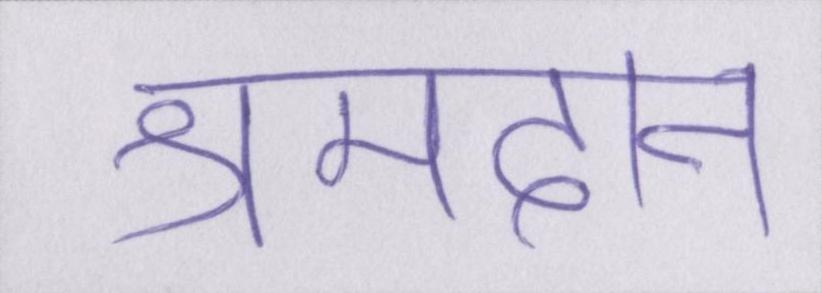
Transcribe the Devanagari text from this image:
श्रमदान